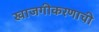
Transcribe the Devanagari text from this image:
खाजगीकरणाची